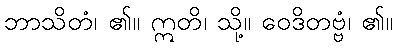
ဘာသိတံ၊ ၏။ ဣတိ၊ သို့။ ဝေဒိတဗ္ဗံ၊ ၏။